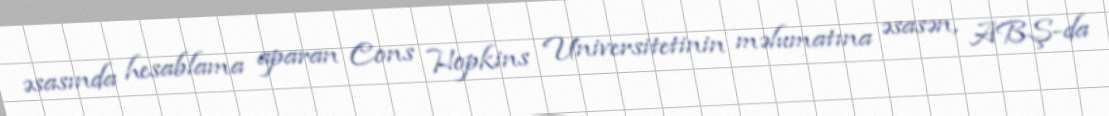
əsasında hesablama aparan Cons Hopkins Universitetinin məlumatına əsasən, ABŞ-da